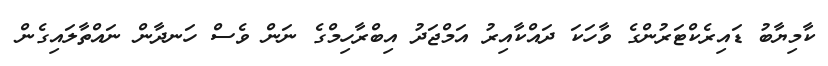
ކާމިޔާބު ޑައިރެކްޓަރުންގެ ވާހަކަ ދައްކާއިރު އަމްޖަދު އިބްރާހިމްގެ ނަން ވެސް ހަނދާން ނައްތާލައިގެން